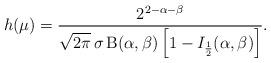
LaTeX: \begin{align*}h(\mu)=\frac{2^{2-\alpha-\beta}}{\sqrt{2\pi}\,\sigma\,\mathrm{B}(\alpha,\beta)\left[1-I_{\frac{1}{2}}(\alpha,\beta)\right]}.\end{align*}